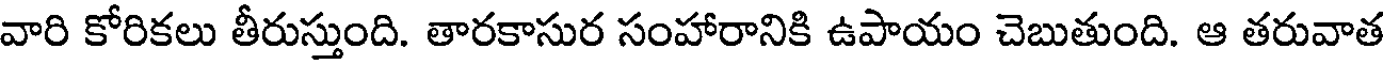
వారి కోరికలు తీరుస్తుంది. తారకాసుర సంహారానికి ఉపాయం చెబుతుంది. ఆ తరువాత